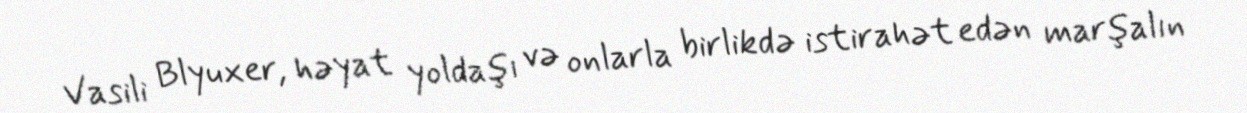
Vasili Blyuxer, həyat yoldaşı və onlarla birlikdə istirahət edən marşalın